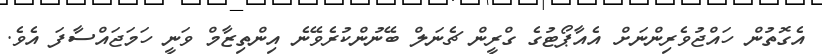
އެގޮތުން ހައްޖުވެރިންނަށް އެއާޕޯޓުގެ ގްރީން ޗެނަލް ބޭނުންކުރެވޭނެ އިންތިޒާމް ވަނީ ހަމަޖައްސާފަ އެވެ.